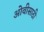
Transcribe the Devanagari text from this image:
ओवीसाठी